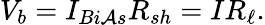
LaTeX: V_{b}=I_{Bi\mathcal{A}s}R_{sh}=IR_{\ell}.